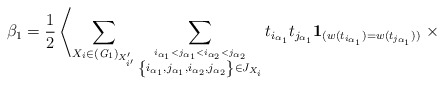
\begin{align*}\beta_1=\frac{1}{2}\left\langle\sum_{X_i\in ({\it G}_1)_{X'_{i'}}}\sum_{\stackrel{i_{\alpha_{1}}< j_{\alpha_{1}}<i_{\alpha_{2}}< j_{\alpha_{2}}}{\left\{i_{\alpha_{1}},j_{\alpha_{1}},i_{\alpha_{2}},j_{\alpha_{2}}\right\}\in J_{X_{i}}}}t_{i_{\alpha_{1}}}t_{j_{\alpha_{1}}}{\bf 1}_{(w(t_{i_{\alpha_{1}}})=w(t_{j_{\alpha_{1}}}))}\right. \times\end{align*}